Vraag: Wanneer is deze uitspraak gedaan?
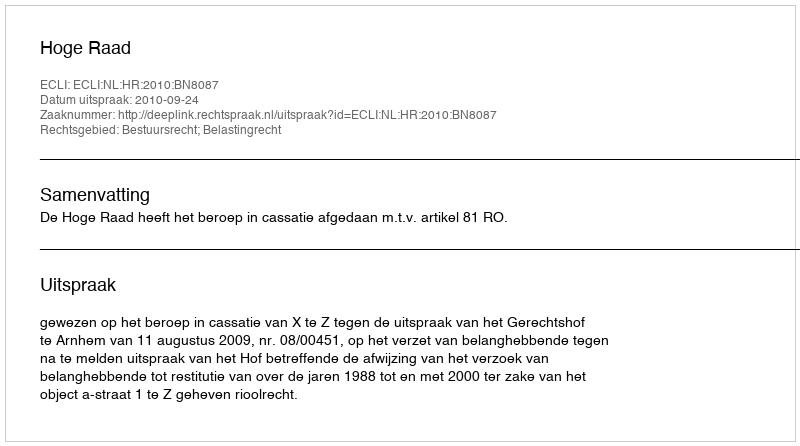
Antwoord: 2010-09-24